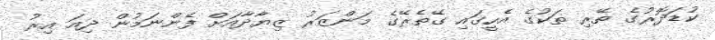
ކުޑަދޮރުގެ ތޭރި ތަކުގެ އެހީގައި ގޭތެރޭގެ މަންޒަރު ޒިޔާދާއަށް ފެންނަމުން ދިއަ އިރު